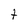
Character: t